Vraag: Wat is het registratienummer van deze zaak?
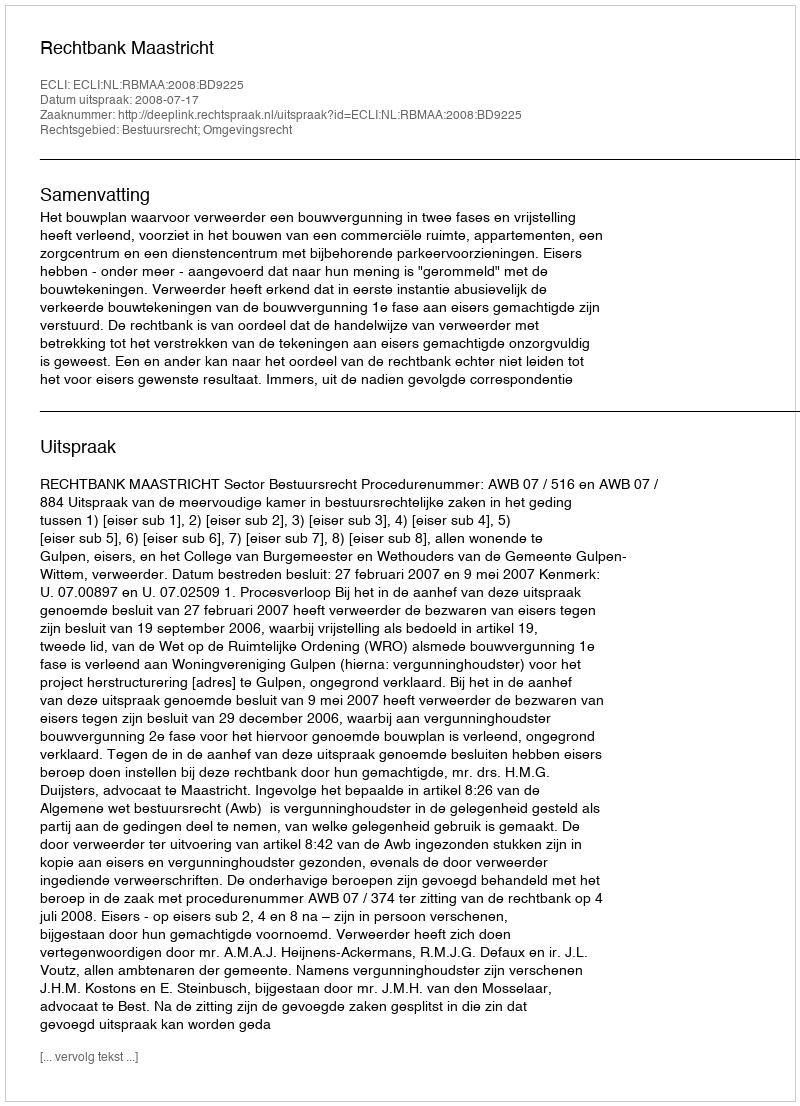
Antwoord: http://deeplink.rechtspraak.nl/uitspraak?id=ECLI:NL:RBMAA:2008:BD9225